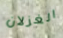
الغزلان